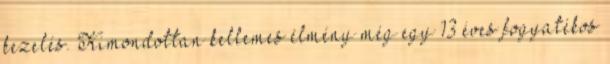
kezelés. Kimondottan kellemes élmény még egy 13 éves fogyatékos